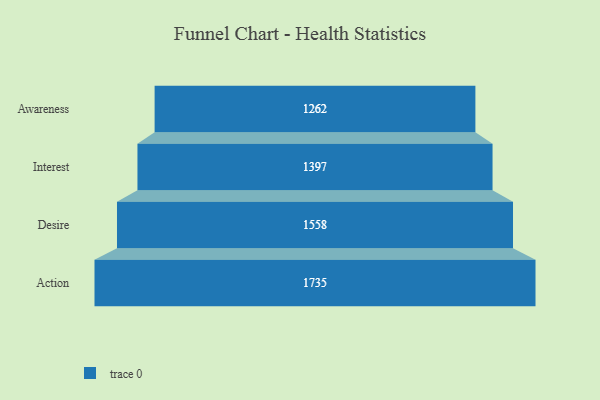
{"axis": {"x": "Stage", "y": "Value"}, "legend": [""], "data": [{"x": "Awareness", "y": 1262.0, "type": ""}, {"x": "Interest", "y": 1397.0, "type": ""}, {"x": "Desire", "y": 1558.0, "type": ""}, {"x": "Action", "y": 1735.0, "type": ""}]}